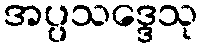
အပ္ပသဒ္ဒေသု